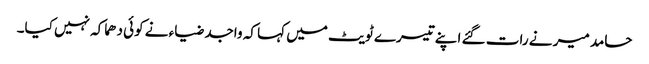
حامد میر نے رات گئے اپنے تیسرے ٹویٹ میں کہا کہ واجد ضیاء نے کوئی دھماکہ نہیں کیا۔